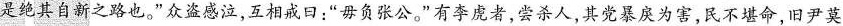
是绝其自新之路也。”众盗感泣，互相戒口：“毋负张公。”有李虚者，尝杀人，其党暴戾为害，民不堪命，旧尹莫